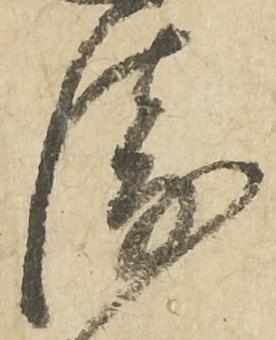
衛